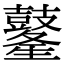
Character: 𪔢